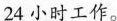
24小时工作。